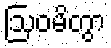
ဩဝမိတွာ